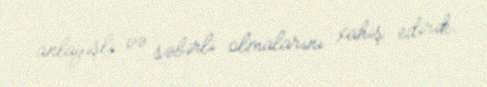
anlayışlı və səbirli olmalarını xahiş edirik.